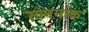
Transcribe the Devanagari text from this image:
सोननाक